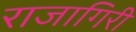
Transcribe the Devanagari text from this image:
राजागिरी